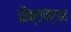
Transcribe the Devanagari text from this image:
ऑक्टापेप्टाइड